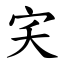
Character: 宎